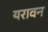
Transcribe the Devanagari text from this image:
यरावन